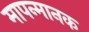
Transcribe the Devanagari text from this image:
मापन्मानक